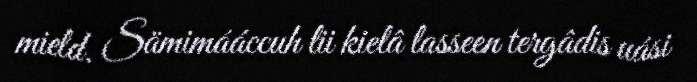
mield. Sämimááccuh lii kielâ lasseen tergâdis uási